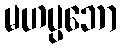
မဟပ္ပဘော